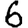
Digit: 6